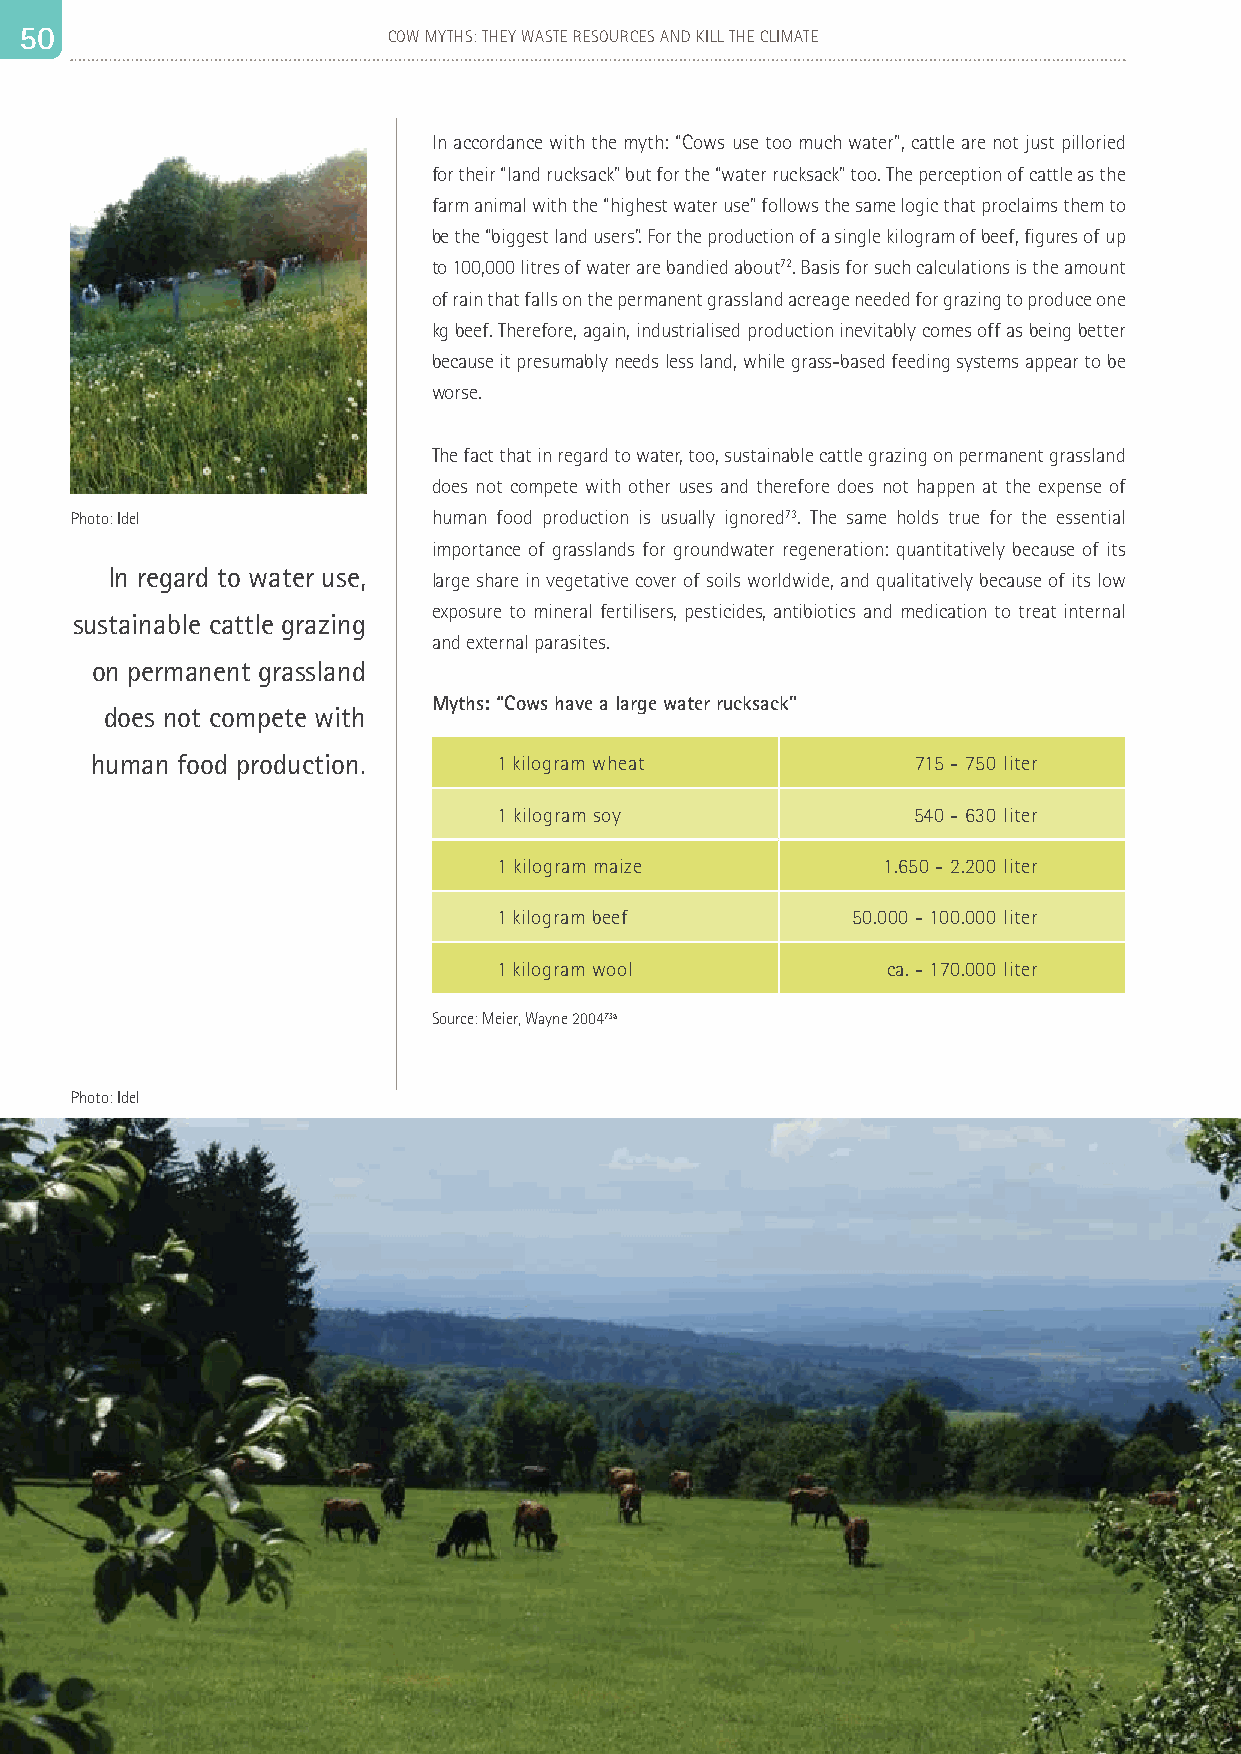
5 50 0                   COW MYTHS: THEY WASTE RESOURCES AND KILL THE CLIMATE                                                                                   51
 In accordance with the myth: “Cows use too much water”, cattle are not just pilloried
 for their “land rucksack” but for the “water rucksack” too. The perception of cattle as the
 farm animal with the “highest water use” follows the same logic that proclaims them to
 be the “biggest land users”. For the production of a single kilogram of beef, figures of up
 to 100,000 litres of water are bandied about72. Basis for such calculations is the amount
 of rain that falls on the permanent grassland acreage needed for grazing to produce one
 kg beef. Therefore, again, industrialised production inevitably comes off as being better
 because it presumably needs less land, while grass-based feeding systems appear to be
 worse.
 The fact that in regard to water, too, sustainable cattle grazing on permanent grassland
 does not compete with other uses and therefore does not happen at the expense of
 Photo: Idel             human food production is usually ignored73. The same holds true for the essential
 importance of grasslands for groundwater regeneration: quantitatively because of its
 In regard to water use,
 large share in vegetative cover of soils worldwide, and qualitatively because of its low
 exposure to mineral fertilisers, pesticides, antibiotics and medication to treat internal
 sustainable cattle grazing
 and external parasites.
 on permanent grassland
 Myths: “Cows have a large water rucksack”
 does not compete with
 human food production.     1 kilogram wheat            715 - 750 liter
 1 kilogram soy             540 - 630 liter
 1 kilogram maize         1.650 - 2.200 liter
 1 kilogram beef        50.000 - 100.000 liter
 1 kilogram wool           ca. - 170.000 liter
 Source: Meier, Wayne 200473a
 Photo: Idel
 COMMISSIONED BY MARTIN HÄUSLING, MEP